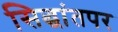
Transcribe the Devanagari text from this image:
सिद्धांतपर